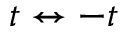
t \leftrightarrow - t